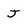
Character: J